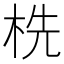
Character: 㭠